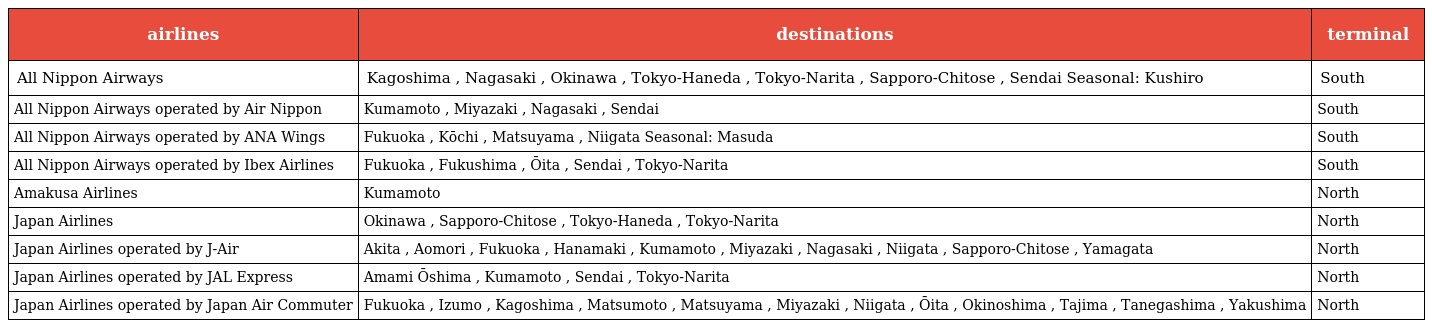
| airlines | destinations | terminal |
 | --- | --- | --- |
 | All Nippon Airways | Kagoshima , Nagasaki , Okinawa , Tokyo-Haneda , Tokyo-Narita , Sapporo-Chitose , Sendai Seasonal: Kushiro | South |
 | All Nippon Airways operated by Air Nippon | Kumamoto , Miyazaki , Nagasaki , Sendai | South |
 | All Nippon Airways operated by ANA Wings | Fukuoka , Kōchi , Matsuyama , Niigata Seasonal: Masuda | South |
 | All Nippon Airways operated by Ibex Airlines | Fukuoka , Fukushima , Ōita , Sendai , Tokyo-Narita | South |
 | Amakusa Airlines | Kumamoto | North |
 | Japan Airlines | Okinawa , Sapporo-Chitose , Tokyo-Haneda , Tokyo-Narita | North |
 | Japan Airlines operated by J-Air | Akita , Aomori , Fukuoka , Hanamaki , Kumamoto , Miyazaki , Nagasaki , Niigata , Sapporo-Chitose , Yamagata | North |
 | Japan Airlines operated by JAL Express | Amami Ōshima , Kumamoto , Sendai , Tokyo-Narita | North |
 | Japan Airlines operated by Japan Air Commuter | Fukuoka , Izumo , Kagoshima , Matsumoto , Matsuyama , Miyazaki , Niigata , Ōita , Okinoshima , Tajima , Tanegashima , Yakushima | North |